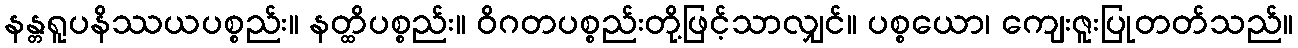
နန္တရူပနိဿယပစ္စည်း။ နတ္ထိပစ္စည်း။ ဝိဂတပစ္စည်းတို့ဖြင့်သာလျှင်။ ပစ္စယော၊ ကျေးဇူးပြုတတ်သည်။